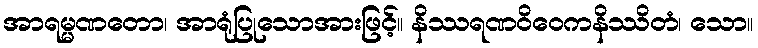
အာရမ္မဏတော၊ အာရုံပြုသောအားဖြင့်။ နိဿရဏဝိဝေကနိဿိတံ၊ သော။